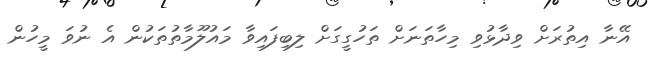
އޭނާ އިތުރަށް ވިދާޅުވި މިހާތަނަށް ތަހުގީގަށް ލިބިފައިވާ މައުލޫމާތުތަކުން އެ ނުވަ މީހުން